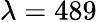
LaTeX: \lambda=489